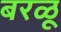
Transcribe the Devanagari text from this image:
बरळू